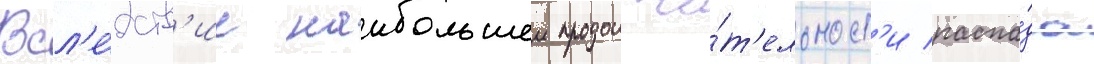
Всл'е́дств'ие наибольшеи продолжи́т'ельност'и распа́да